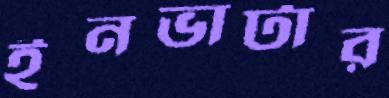
ইনভার্টার